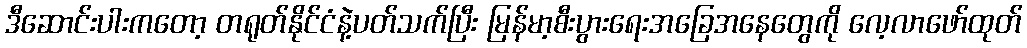
ဒီဆောင်းပါးကတော့ တရုတ်နိုင်ငံနဲ့ပတ်သက်ပြီး မြန်မာ့စီးပွားရေးအခြေအနေတွေကို လေ့လာဖော်ထုတ်